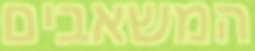
המשאבים